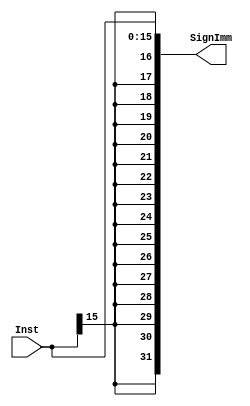
/********************************************************/
/* Module Name: SignExtend                              */
/* Module Function:                                     */
/*  This is a simple parmaterized sign extend module    */
/*  responsible of replicating the most significant bit */
/*  to manipulate the needed offset immediate values.   */
/********************************************************/
module SignExtend #
(
    parameter   IN_INSTR_WIDTH  =   16  ,
    parameter   OUT_INSTR_WIDTH =   32
)
(
    input   wire    [IN_INSTR_WIDTH-1:0]    Inst    ,

    output  wire    [OUT_INSTR_WIDTH-1:0]   SignImm
);

    assign  SignImm = {{    (IN_INSTR_WIDTH)  {Inst[IN_INSTR_WIDTH-1]}}, Inst };

endmodule